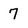
Character: 7